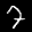
Label: 7